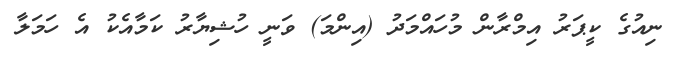
ނިއުގެެ ކީޕަރު އިމްރާން މުހައްމަދު (އިންމަ) ވަނީ ހުޝިޔާރު ކަމާއެކު އެ ހަމަލާ